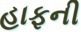
હાફની